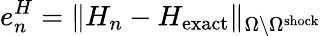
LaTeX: e_{n}^{H}=\| H_{n}-H_{\mathrm{exact}}\| _{\Omega\backslash{\Omega}^{\mathrm{shock}}}